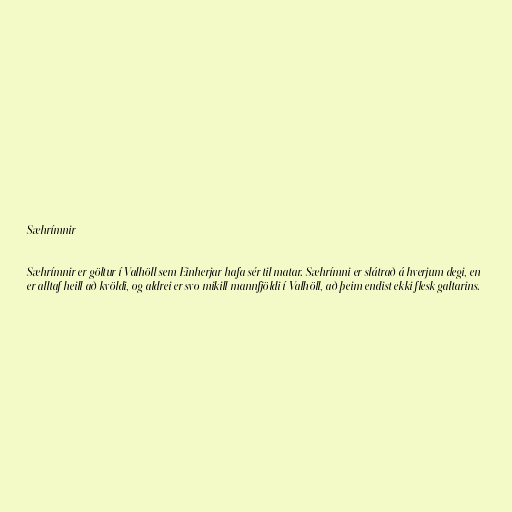
Sæhrímnir

Sæhrímnir er göltur í Valhöll sem Einherjar hafa sér til matar. Sæhrímni er slátrað á hverjum degi, en
er alltaf heill að kvöldi, og aldrei er svo mikill mannfjöldi í Valhöll, að þeim endist ekki flesk galtarins.